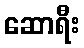
ဆောရီး